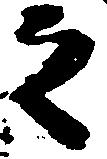
之